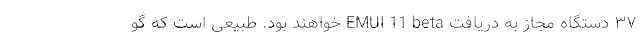
۳۷ دستگاه مجاز به دریافت EMUI 11 beta خواهند بود. طبیعی است که گو